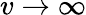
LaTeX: v\to\infty